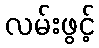
လမ်းဖွင့်